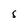
Character: S